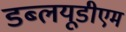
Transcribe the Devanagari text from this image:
डब्लयूडीएम